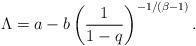
LaTeX: \begin{align*} \Lambda=a-b\left(\frac{1}{1-q}\right)^{-1/(\beta-1)}.\end{align*}